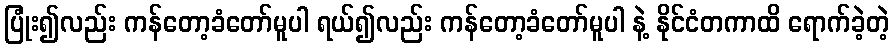
ပြုံး၍လည်း ကန်တော့ခံတော်မူပါ ရယ်၍လည်း ကန်တော့ခံတော်မူပါ နဲ့ နိုင်ငံတကာထိ ရောက်ခဲ့တဲ့